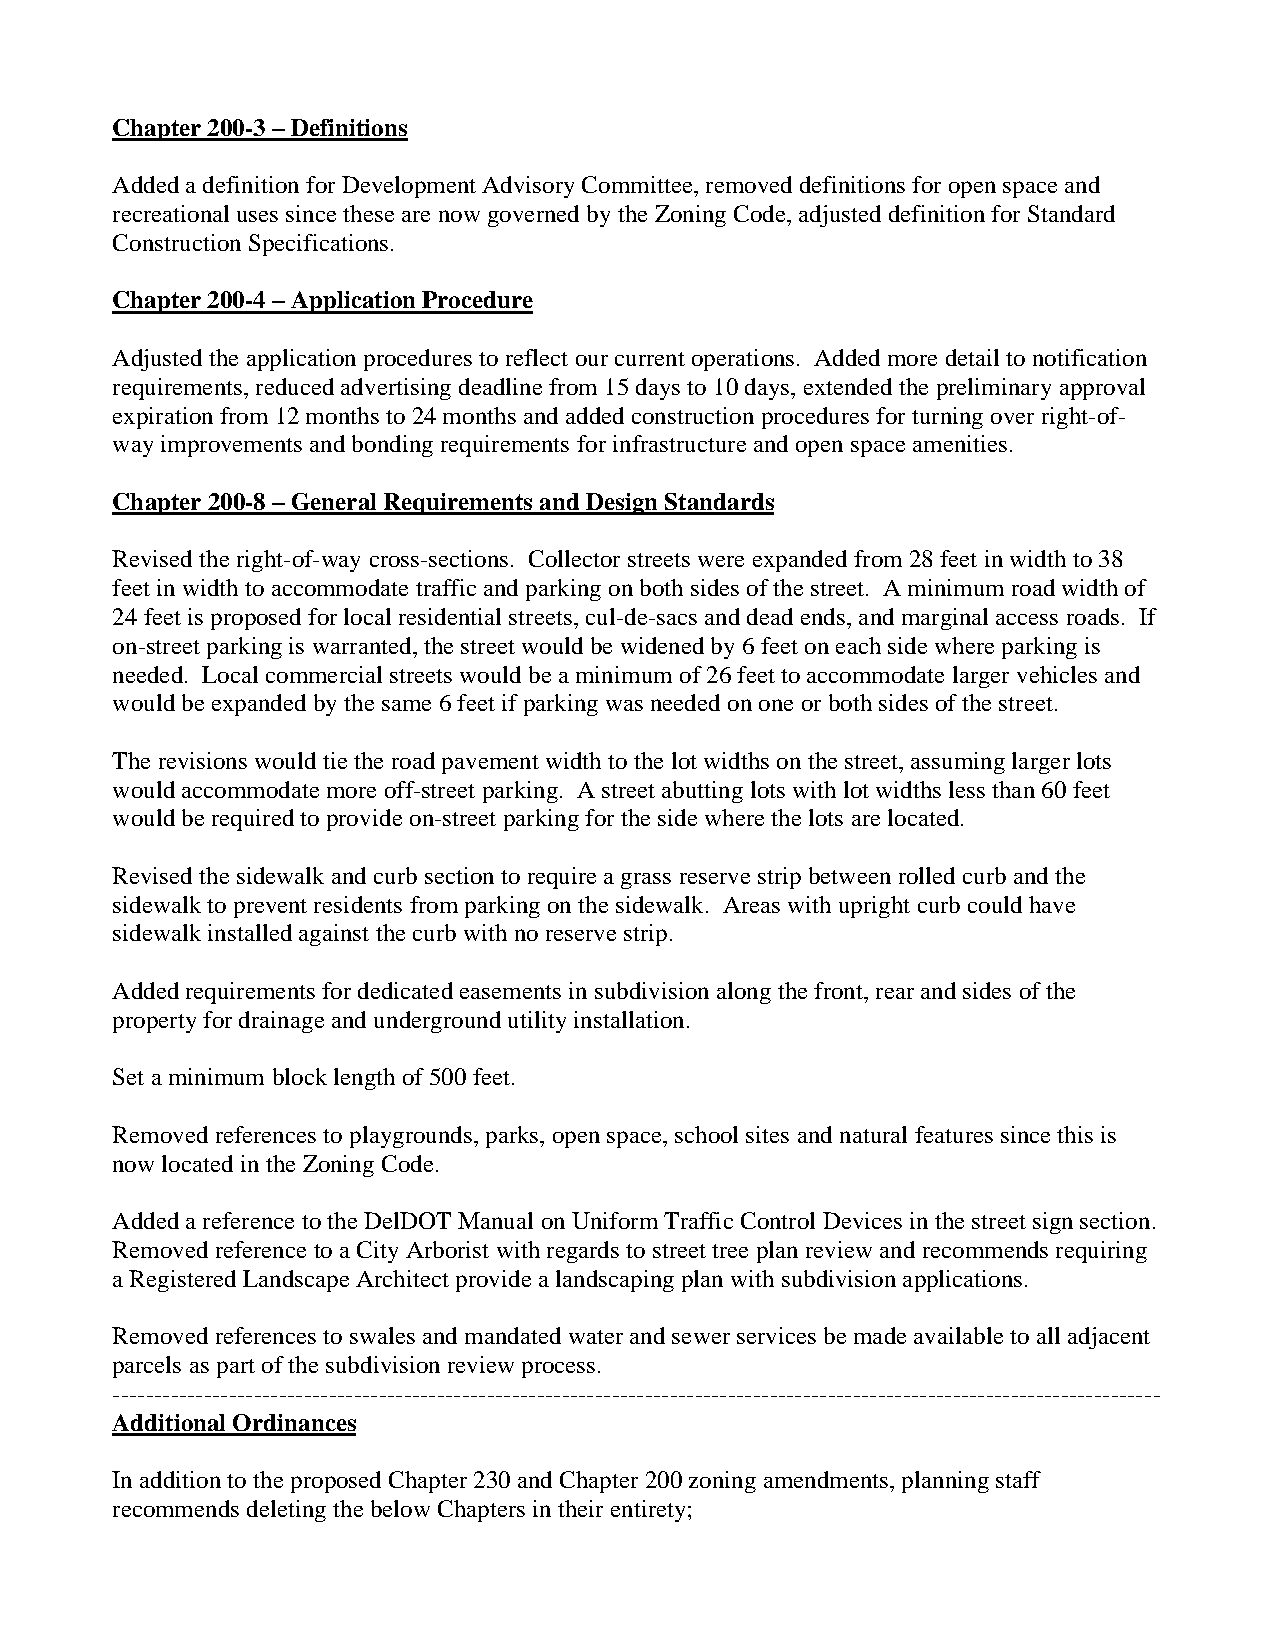
Chapter 200-3 – Definitions
 Added a definition for Development Advisory Committee, removed definitions for open space and
 recreational uses since these are now governed by the Zoning Code, adjusted definition for Standard
 Construction Specifications.
 Chapter 200-4 – Application Procedure
 Adjusted the application procedures to reflect our current operations. Added more detail to notification
 requirements, reduced advertising deadline from 15 days to 10 days, extended the preliminary approval
 expiration from 12 months to 24 months and added construction procedures for turning over right-of-
 way improvements and bonding requirements for infrastructure and open space amenities.
 Chapter 200-8 – General Requirements and Design Standards
 Revised the right-of-way cross-sections. Collector streets were expanded from 28 feet in width to 38
 feet in width to accommodate traffic and parking on both sides of the street. A minimum road width of
 24 feet is proposed for local residential streets, cul-de-sacs and dead ends, and marginal access roads. If
 on-street parking is warranted, the street would be widened by 6 feet on each side where parking is
 needed. Local commercial streets would be a minimum of 26 feet to accommodate larger vehicles and
 would be expanded by the same 6 feet if parking was needed on one or both sides of the street.
 The revisions would tie the road pavement width to the lot widths on the street, assuming larger lots
 would accommodate more off-street parking. A street abutting lots with lot widths less than 60 feet
 would be required to provide on-street parking for the side where the lots are located.
 Revised the sidewalk and curb section to require a grass reserve strip between rolled curb and the
 sidewalk to prevent residents from parking on the sidewalk. Areas with upright curb could have
 sidewalk installed against the curb with no reserve strip.
 Added requirements for dedicated easements in subdivision along the front, rear and sides of the
 property for drainage and underground utility installation.
 Set a minimum block length of 500 feet.
 Removed references to playgrounds, parks, open space, school sites and natural features since this is
 now located in the Zoning Code.
 Added a reference to the DelDOT Manual on Uniform Traffic Control Devices in the street sign section.
 Removed reference to a City Arborist with regards to street tree plan review and recommends requiring
 a Registered Landscape Architect provide a landscaping plan with subdivision applications.
 Removed references to swales and mandated water and sewer services be made available to all adjacent
 parcels as part of the subdivision review process.
 ------------------------------------------------------------------------------------------------------------------------------
 Additional Ordinances
 In addition to the proposed Chapter 230 and Chapter 200 zoning amendments, planning staff
 recommends deleting the below Chapters in their entirety;